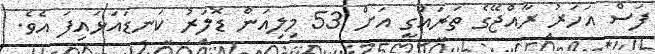
ފަސް އަހަރު ރާއްޖޭގެ ތަރައްގީ އަށް 53 މިލިއަން ޑޮލަރު ކަނޑައަޅައިފަ އެވެ.